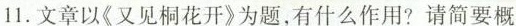
11.文章以《又见桐花开》为题,有什么作用?请简要概